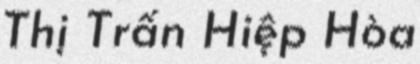
Thị Trấn Hiệp Hòa